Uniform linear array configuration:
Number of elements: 48
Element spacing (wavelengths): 0.25
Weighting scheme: binomial
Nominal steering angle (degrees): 45
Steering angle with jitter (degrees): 45.721
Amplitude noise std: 0.05
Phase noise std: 0.05

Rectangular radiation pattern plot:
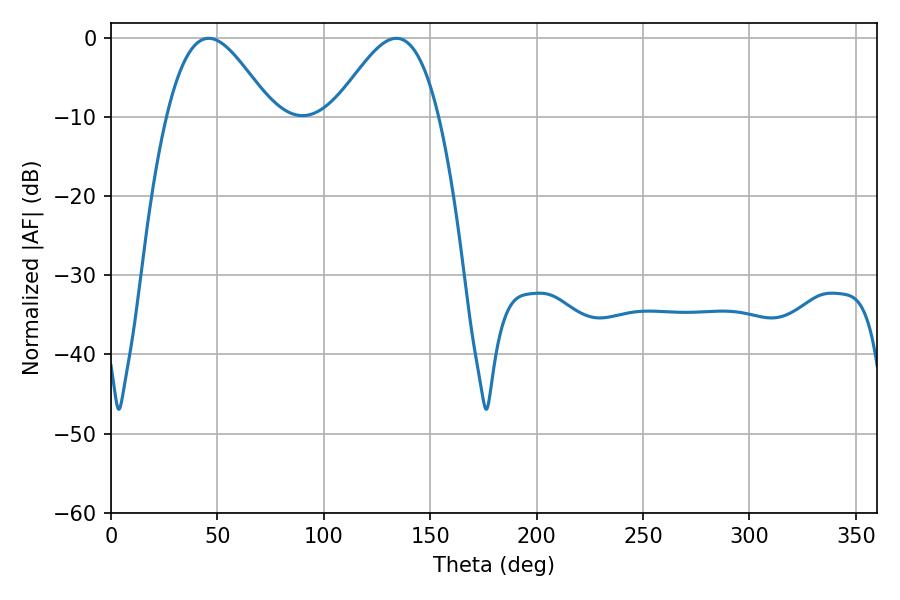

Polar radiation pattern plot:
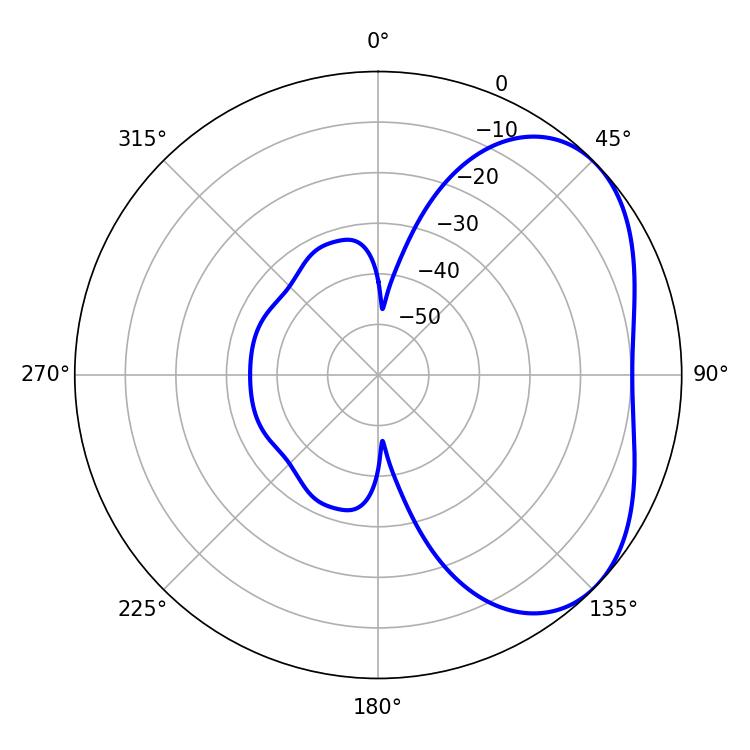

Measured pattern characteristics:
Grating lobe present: FALSE
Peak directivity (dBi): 4.027
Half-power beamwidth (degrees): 26.46
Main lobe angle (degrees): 45.9